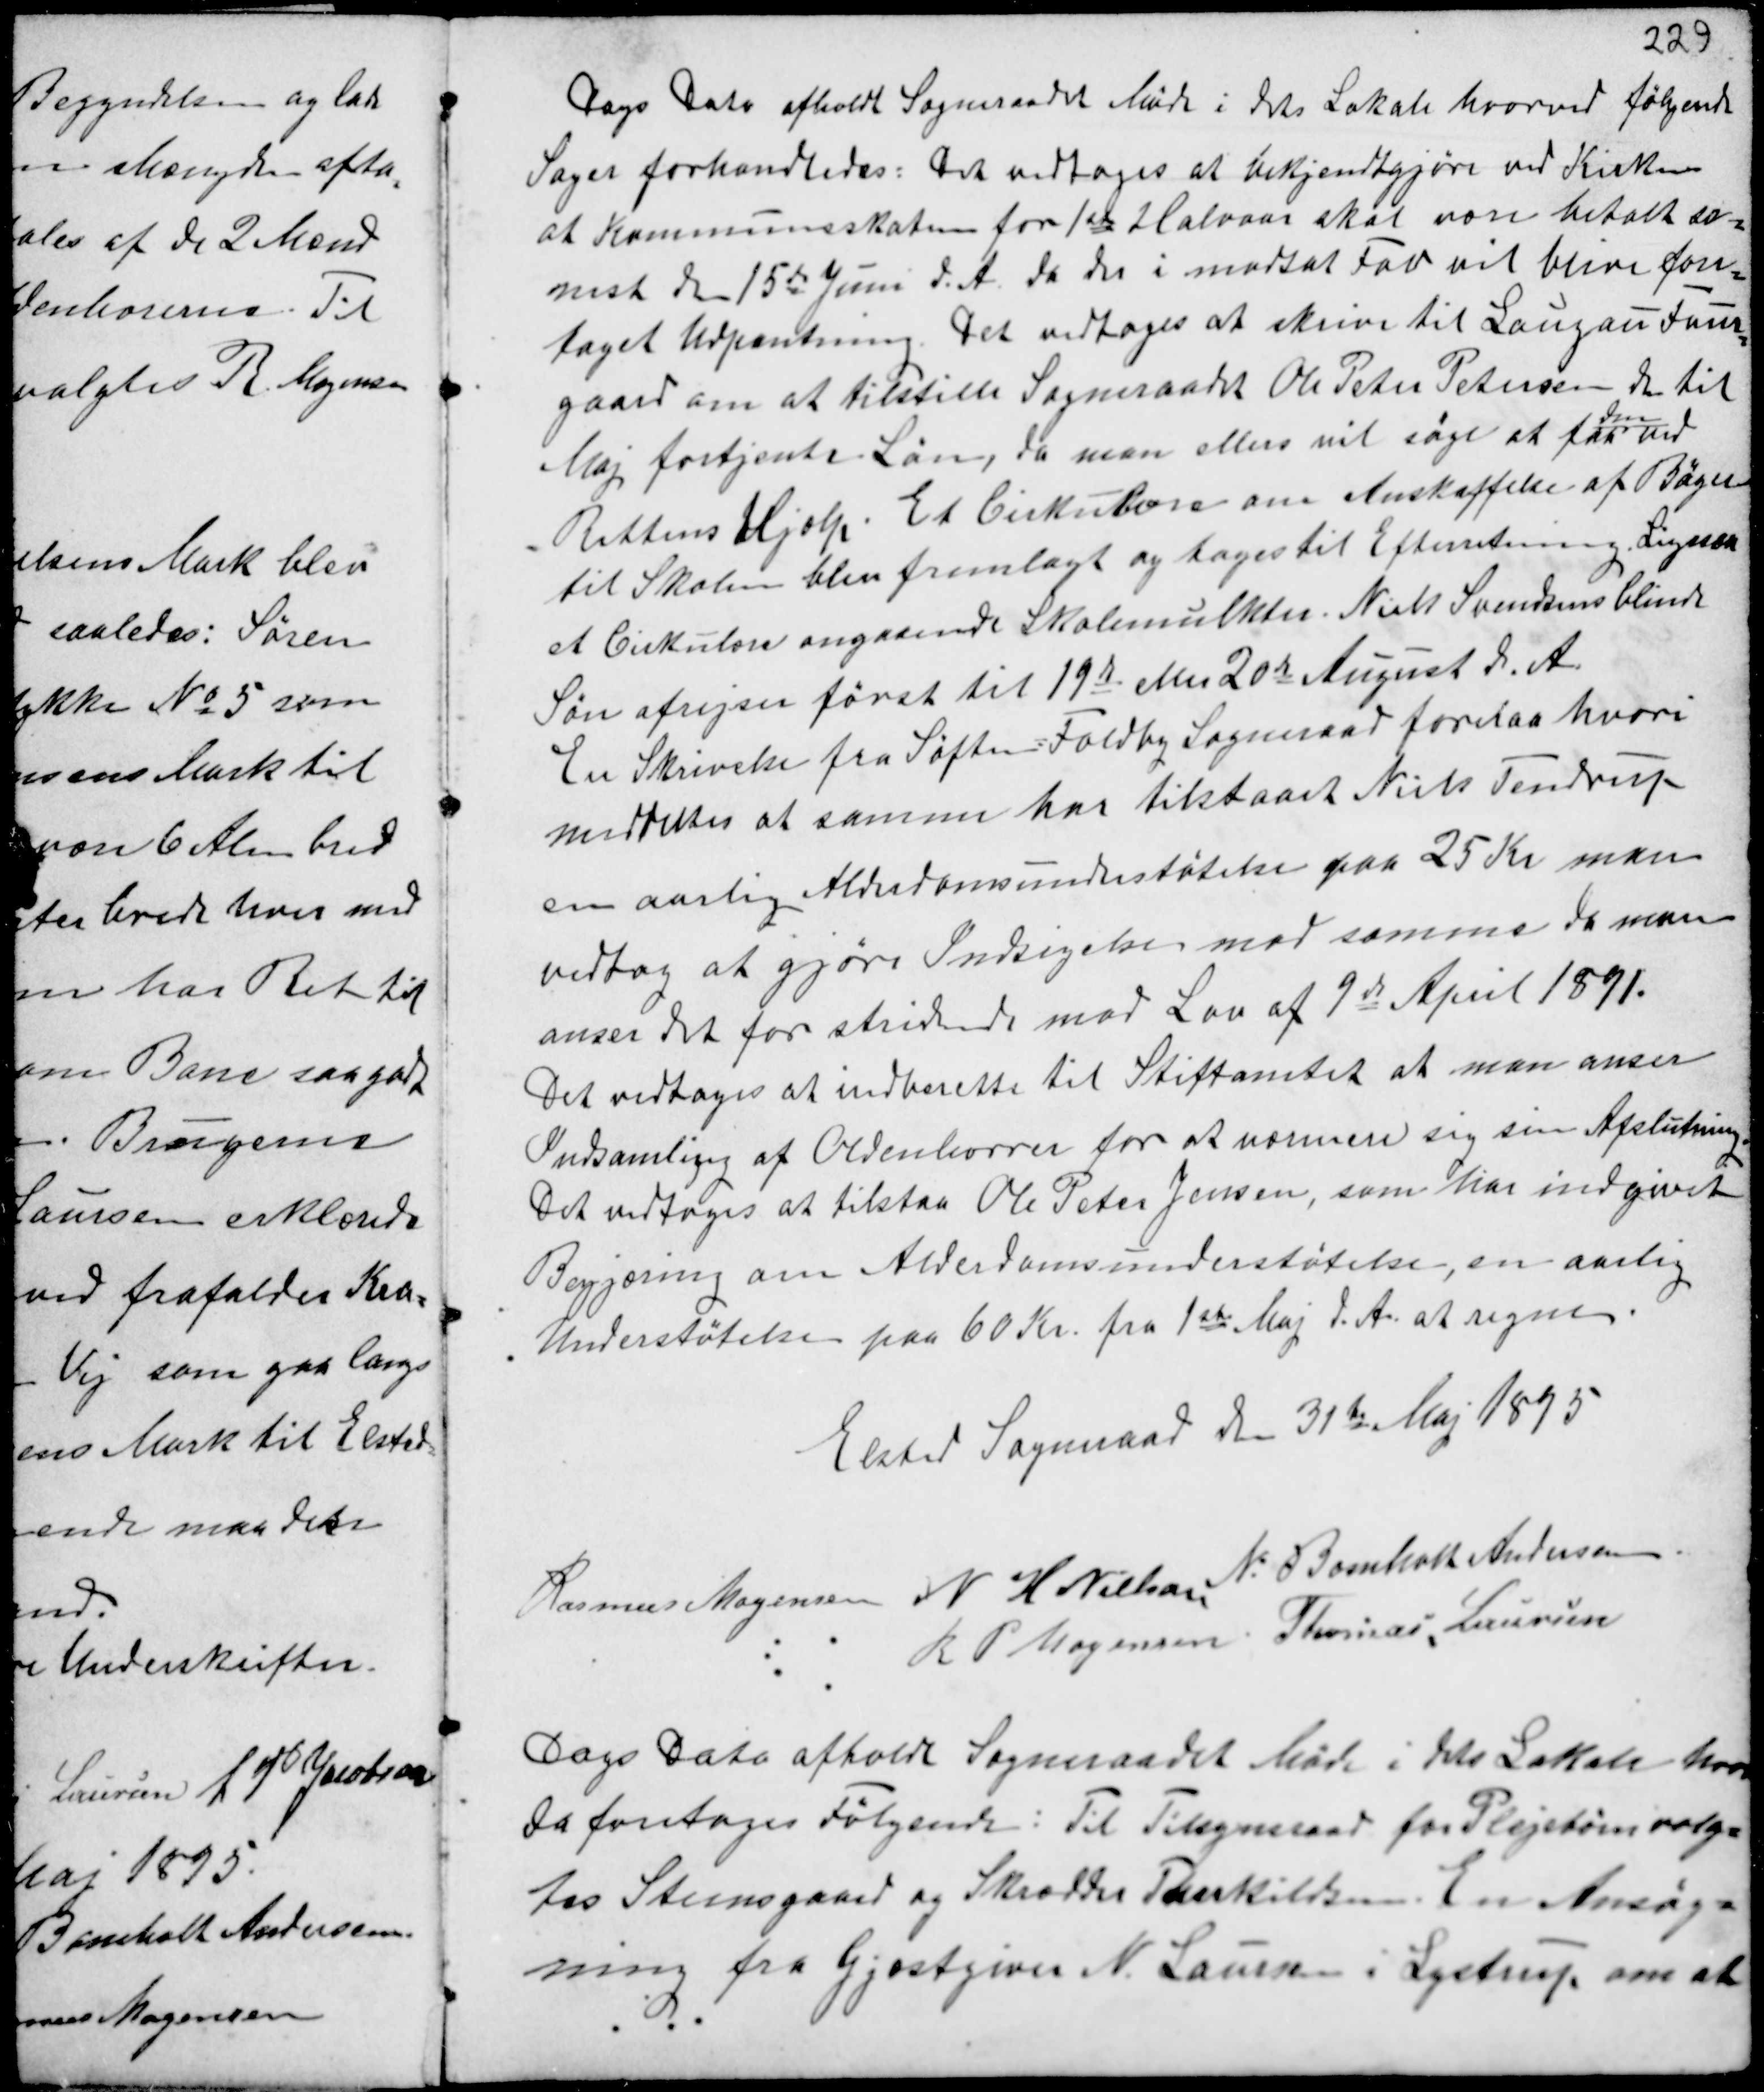
Transskription:
Dags Dato afholdt Sogneraadet Møde i dets Lokale hvorved følgende
Sager forhandledes: Det vedtoges at bekjendtgjøre ved Kirken
at Kommuneskaten for 1ste Halvaar skal være betalt se-
nest den 15de Juni d.A. da der i modsat Fald vil blive fore-
taget Udpantning. Det vedtoges at skrive til Langau Faur-
gaard om at tilstille Sogneraadet Ole Peter Petersen den til
Maj fortjente Løn, da man ellers vil søge at faa
den
ved
Rettens Hjælp. Et Cirkulære om Anskaffelse af Bøger
til Skolen blev fremlagt og toges til Efterretning. Ligesaa
et Cirkulære angaaende Skolemulkter. Niels Svendsens blinde
Søn afrejser først til 19de eller 20de August d.A.
En Skrivelse fra Søften-Foldby Sogneraad forelaa hvori
meddeltes at samme har tilstaaet Niels Tendrup
en aarlig Alderdomsunderstøtelse paa 25 Kr man
vedtog at gjøre Indsigelse mod samme da man
anser det for stridende mod Lov af 9de April 1871.
Det vedtoges at indsende til Stiftamtet at man anser
Indsamlingen af Oldenborrer for at nærmen sig sin Afslutning.
Det vedtoges at tilstaa Ole Peter Jensen, som har indgivet
Begjæring om Alderdomsunderstøtelse en aarlig
Understøtelse paa 60 Kr. fra 1ste Maj d.A. at regne.

Elsted Sogneraad den 31te Maj 1895
Rasmus Mogensen N H Nielsen
N. Bomholt Andersen
R P Mogensen Thomas Laursen

Dags Dato afholdt Sogneraadet Møde i dets Lokale hvor
da foretoges Følgende: Til Tilsynsraad for Plejebørn valg-
tes Steensgaard og Skrædder Therkildsen. En Ansøg-
ning fra Gjæstgiver N. Laursen i Lystrup om at